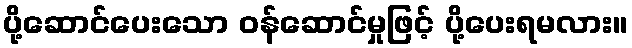
ပို့ဆောင်ပေးသော ဝန်ဆောင်မှုဖြင့် ပို့ပေးရမလား။